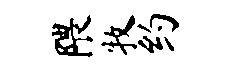
隈牧约